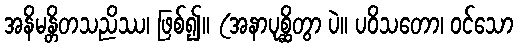
အနိမန္တိတသညိဿ၊ ဖြစ်၍။ (အနာပုစ္ဆိတွာ ပဲ။ ပဝိသတော၊ ဝင်သော